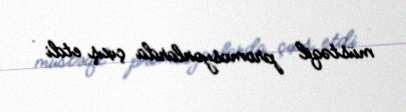
müstəqil promosyonlarda çıxış etdi .